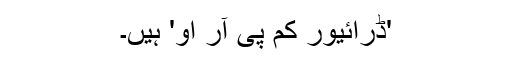
'ڈرائیور کم پی آر او' ہیں۔